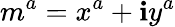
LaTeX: m^{a}=x^{a}+\mathbf{i}y^{a}